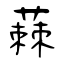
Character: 蕀